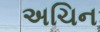
અચિન